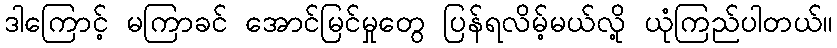
ဒါကြောင့် မကြာခင် အောင်မြင်မှုတွေ ပြန်ရလိမ့်မယ်လို့ ယုံကြည်ပါတယ်။